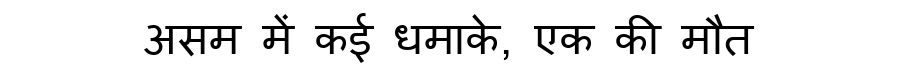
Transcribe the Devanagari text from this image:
असम में कई धमाके, एक की मौत